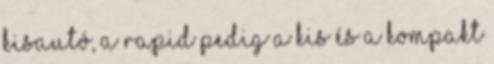
kisautó, a Rapid pedig a kis és a kompakt